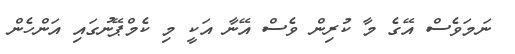
ނަމަވެސް އޭގެ މާ ކުރިން ވެސް އޭނާ އަކީ މި ކެމްޕޭނުގައި އަންހެން